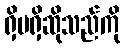
ရှိမရှိဆိုသည်ကို